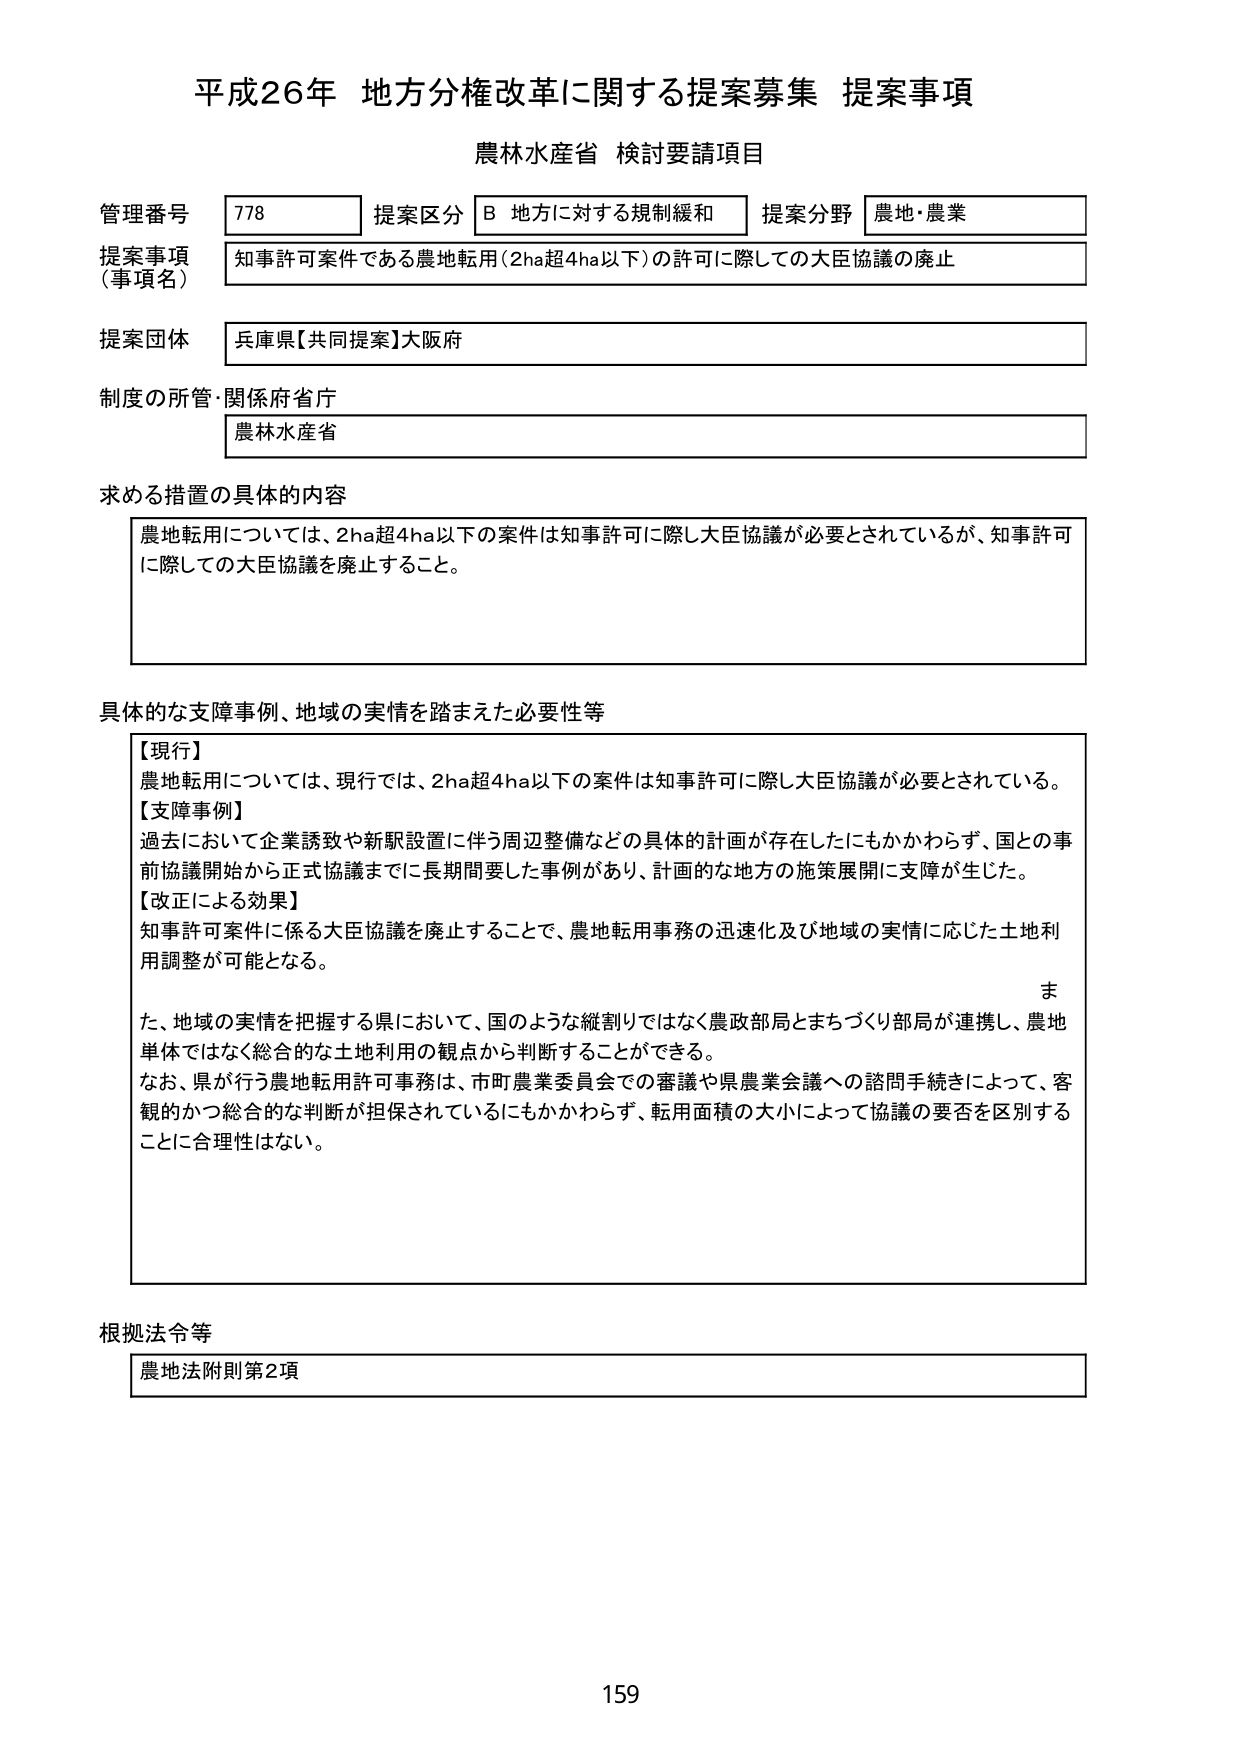
平成26年 地方分権改革に関する提案募集 提案事項
農林水産省 検討要請項目

管理番号 778 提案区分 B 地方に対する規制緩和 提案分野 農地・農業
提案事項（事項名） 知事許可案件である農地転用（2ha超4ha以下）の許可に際しての大臣協議の廃止
提案団体 兵庫県【共同提案】大阪府
制度の所管・関係府省庁 農林水産省

求める措置の具体的な内容
農地転用については、2ha超4ha以下の案件は知事許可に際し大臣協議が必要とされているが、知事許可に際しての大臣協議を廃止すること。

具体的な支障事例、地域の実情を踏まえた必要性等
【現行】
農地転用については、現行では、2ha超4ha以下の案件は知事許可に際し大臣協議が必要とされている。
【支障事例】
過去において企業誘致や新駅設置に伴う周辺整備などの具体的計画が存在したにもかかわらず、国との事前協議開始から正式協議までに長期間要した事例があり、計画的な地方の施策展開に支障が生じた。
【改正による効果】
知事許可案件に係る大臣協議を廃止することで、農地転用事務の迅速化及び地域の実情に応じた土地利用調整が可能となる。
また、地域の実情を把握する県において、国のような縦割りではなく農政部局とまちづくり部局が連携し、農地単体ではなく総合的な土地利用の観点から判断することができる。
なお、県が行う農地転用許可事務は、市町農業委員会での審議や県農業会議への諮問手続きによって、客観的かつ総合的な判断が担保されているにもかかわらず、転用面積の大小によって協議の要否を区別することに合理性はない。

根拠法令等
農地法附則第2項

159